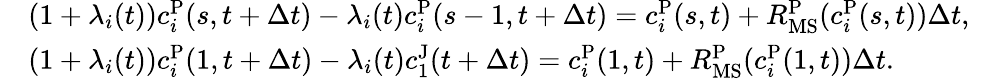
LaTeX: \begin{array}{rl}&{(1+{\lambda}_{i}(t))c_{i}^{\mathrm{P}}(s,t+\Delta t)-{\lambda}_{i}(t)c_{i}^{\mathrm{P}}(s-1,t+\Delta t)=c_{i}^{\mathrm{P}}(s,t)+R_{\mathrm{MS}}^{\mathrm{P}}(c_{i}^{\mathrm{P}}(s,t))\Delta t,~}\\ &{(1+{\lambda}_{i}(t))c_{i}^{\mathrm{P}}(1,t+\Delta t)-{\lambda}_{i}(t)c_{1}^{\mathrm{J}}(t+\Delta t)=c_{i}^{\mathrm{P}}(1,t)+R_{\mathrm{MS}}^{\mathrm{P}}(c_{i}^{\mathrm{P}}(1,t))\Delta t.~}\end{array}